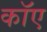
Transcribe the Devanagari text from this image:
काॅए